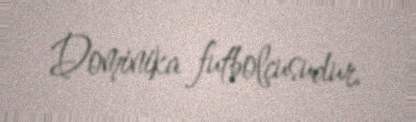
Dominika futbolçusudur.